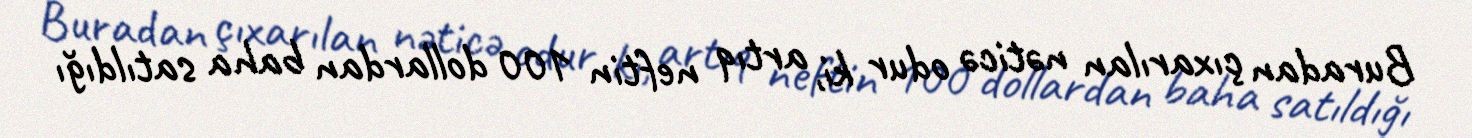
Buradan çıxarılan nəticə odur ki, artıq neftin 100 dollardan baha satıldığı